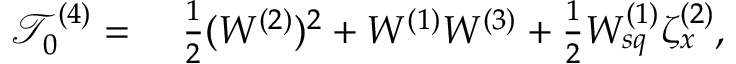
\begin{array} { r l } { \mathcal { T } _ { 0 } ^ { ( 4 ) } = ~ } & { { } \frac { 1 } { 2 } ( W ^ { ( 2 ) } ) ^ { 2 } + W ^ { ( 1 ) } W ^ { ( 3 ) } + \frac { 1 } { 2 } W _ { s q } ^ { ( 1 ) } \zeta _ { x } ^ { ( 2 ) } , } \end{array}